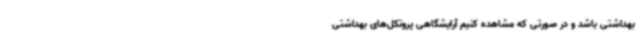
بهداشتی باشد و در صورتی که مشاهده کنیم آرایشگاهی پروتکل‌های بهداشتی